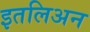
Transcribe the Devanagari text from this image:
इतलिअन